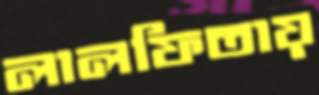
লালফিতায়